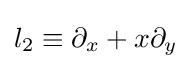
l_{2}\equiv \partial _{x}+x\partial _{y}